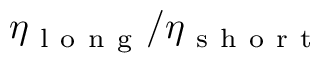
\eta _ { \mathrm { ~ l ~ o ~ n ~ g ~ } } / \eta _ { \mathrm { ~ s ~ h ~ o ~ r ~ t ~ } }